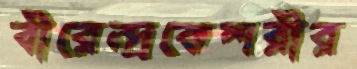
বীরেন্দ্রকেশরীর